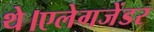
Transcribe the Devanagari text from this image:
थे।एलेगजेंडर